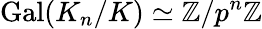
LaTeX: \operatorname{Gal}(K_{n}/K)\simeq\mathbb{Z}/p^{n}\mathbb{Z}